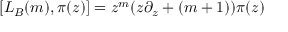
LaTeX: [ L _ { B } ( m ) , \pi ( z ) ] = z ^ { m } ( z \partial _ { z } + ( m + 1 ) ) \pi ( z )